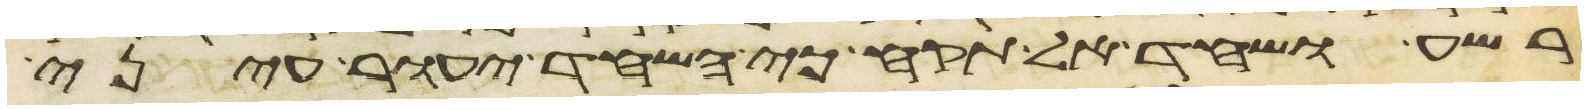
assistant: רשע ושחד אל תקח כי השחד יעור עיני